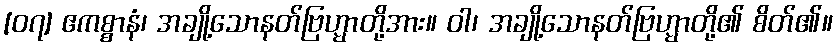
[၀၇] ဧကစ္စာနံ၊ အချို့သောနတ်ဗြဟ္မာတို့အား။ ဝါ၊ အချို့သောနတ်ဗြဟ္မာတို့၏ စိတ်၏။